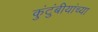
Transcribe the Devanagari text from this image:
कुंटुंबीयांच्या